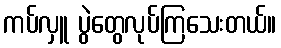
ကပ်လှူ ပွဲတွေလုပ်ကြသေးတယ်။